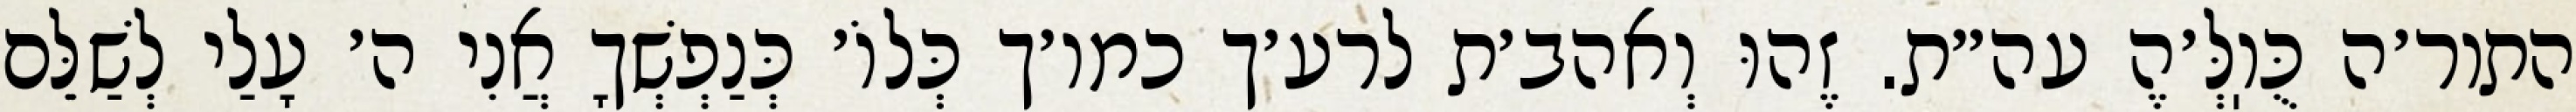
התור׳ה כֻּוֽלְּ׳הֶ עה״ת. זֶהוּ וְאהב׳ת לרע׳ך כמו׳ך כְּלוֹ׳ כְּנַפְשְׁךָ אֲנִי ה׳ עָלַי לְשַׁלֵּם